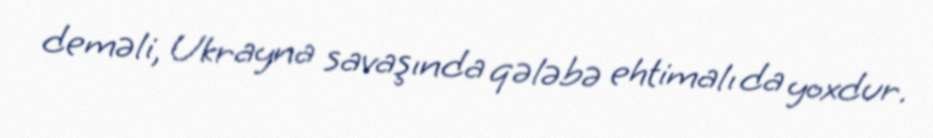
deməli, Ukrayna savaşında qələbə ehtimalı da yoxdur.